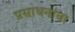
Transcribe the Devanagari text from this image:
प्रसाधनांचा